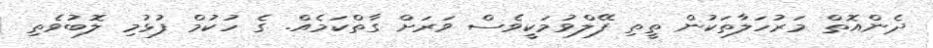
ދެންއޮތް މަރުހަލާތަކުން ތީތި ފޭލްވުމަކީވެސް ވަރަށް ގާތްކަމެއް. ގެ ހުކުމް ފުޅުމި ލޮބުވެތި